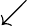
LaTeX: \swarrow